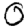
Digit: 0